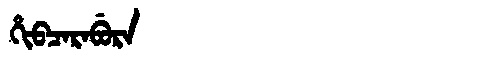
Manchu: ᡥᡳᠪᠴᠠᡵᠠᠪᡠᡵᠠ
Romanization: HIBCARABURA